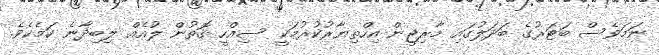
ނަމަވެސް ބަޓަރުގެ ބަދަލުގައި މާރިޖީން އިހްތިޔާރުކުރުމަކީ ސިއްހީ ގޮތުން ލުއެއް ލިބިދާނެ ކަމެކެވެ.